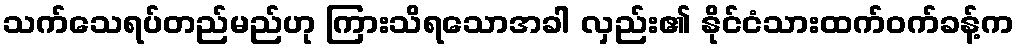
သက်သေရပ်တည်မည်ဟု ကြားသိရသောအခါ လှည်း၏ နိုင်ငံသားထက်ဝက်ခန့်က